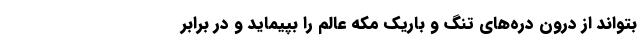
بتواند از درون دره‌های تنگ و باریک مکه عالم را بپیماید و در برابر